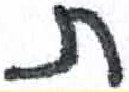
אות: ת